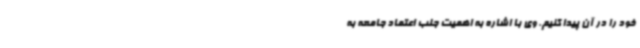
خود را در آن پیدا کنیم. وی با اشاره به اهمیت جلب اعتماد جامعه به